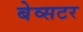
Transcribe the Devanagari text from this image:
बेव्सटर